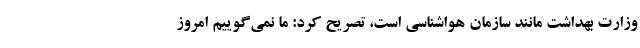
وزارت بهداشت مانند سازمان هواشناسی است، تصریح کرد: ما نمی‌گوییم امروز